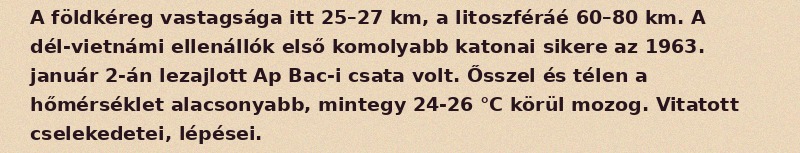
A földkéreg vastagsága itt 25–27 km, a litoszféráé 60–80 km. A dél-vietnámi ellenállók első komolyabb katonai sikere az 1963. január 2-án lezajlott Ap Bac-i csata volt. Ősszel és télen a hőmérséklet alacsonyabb, mintegy 24-26 °C körül mozog. Vitatott cselekedetei, lépései.